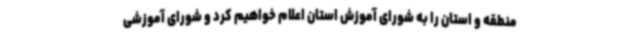
منطقه و استان را به شورای آموزش استان اعلام خواهیم کرد و شورای آموزشی